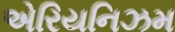
એરિયનિઝમ